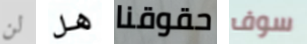
لن هل حقوقنا سوف